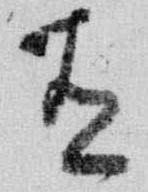
有